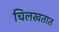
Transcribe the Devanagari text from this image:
चिलखतात